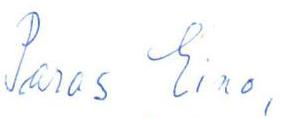
Paras Eino,